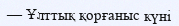
— Ұлттық қорғаныс күні